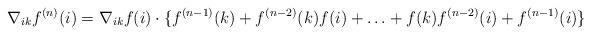
LaTeX: \begin{align*}\nabla_{ik}f^{(n)}(i)=\nabla_{ik}f(i)\cdot\{f^{(n-1)}(k)+f^{(n-2)}(k)f(i)+\ldots+f(k)f^{(n-2)}(i)+f^{(n-1)}(i)\}\end{align*}